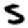
Digit: 5